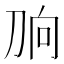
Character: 𰄫